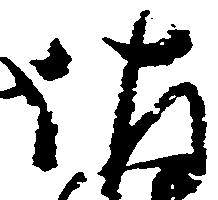
佐